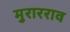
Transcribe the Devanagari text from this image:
मुरारराव